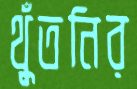
থুঁতনির